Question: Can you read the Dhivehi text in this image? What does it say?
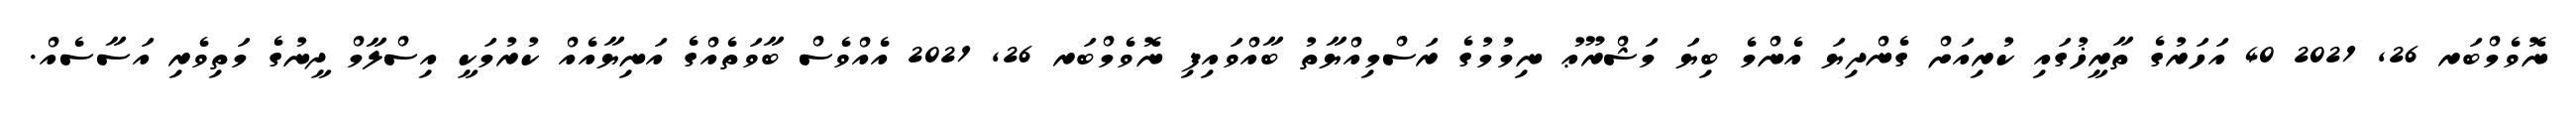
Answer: ނޮވެމްބަރ 26, 2021 40 އަހަރުގެ ތާރީޚުގައި ކުރިއަށް ގެންދިޔަ އެންމެ ބިޔަ މަޝްރޫޢު ނިމުމުގެ ރަސްމިއްޔާތު ބާއްވައިފި ނޮވެމްބަރ 26, 2021 އެއްވެސް ބާވަތެއްގެ އަނިޔާއެއް ކުރުމަކީ އިސްލާމް ދީނުގެ މަތިވެރި އަސާސެއް.